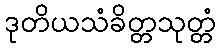
ဒုတိယသံခိတ္တသုတ္တံ